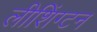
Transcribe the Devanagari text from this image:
लीशिंग्टन